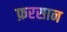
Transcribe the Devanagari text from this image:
फ़रसान